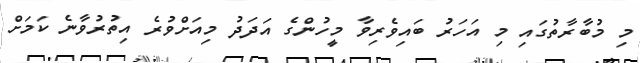
މި މުބާރާތުގައި މި އަހަރު ބައިވެރިވާ މީހުންގެ އަދަދު މިއަށްވުރެ އިތުރުވާނެ ކަމަށް